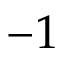
- 1